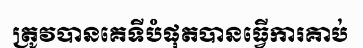
ត្រូវបានគេទីបំផុតបានធ្វើការគាប់